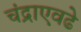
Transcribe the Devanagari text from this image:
चंद्राएवढे